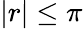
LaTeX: \vert r\vert\leq\pi